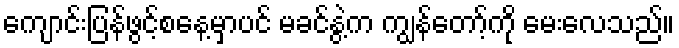
ကျောင်းပြန်ဖွင့်စနေ့မှာပင် မခင်နွဲ့က ကျွန်တော့်ကို မေးလေသည်။